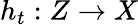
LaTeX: h_{t}:Z\to X